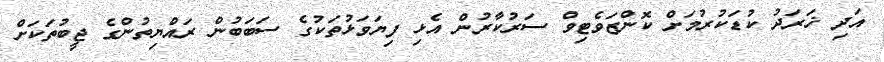
އަދި ޚަރަދު ކުޑަކުރުމަށް ކޮންޒަވެޓިވް ސަރުކާރުން އެޅި ފިޔަވަޅުތަކުގެ ސަބަބުން ރައްޔިތުންގެ ޖީބުތަކަށް